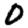
Digit: 0